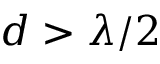
d > \lambda / 2